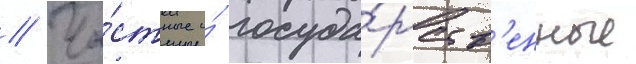
// Ча́стные и́ госуда́рств'енные